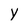
Character: Y